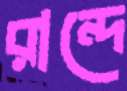
রান্দে